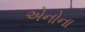
એનોના